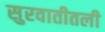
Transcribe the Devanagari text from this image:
सुरवातीतली